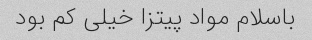
باسلام مواد پیتزا خیلی کم بود